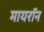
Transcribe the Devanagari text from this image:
मायरॉन